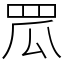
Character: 罛